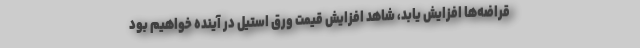
قراضه‌ها افزایش یابد، شاهد افزایش قیمت ورق استیل در آینده خواهیم بود